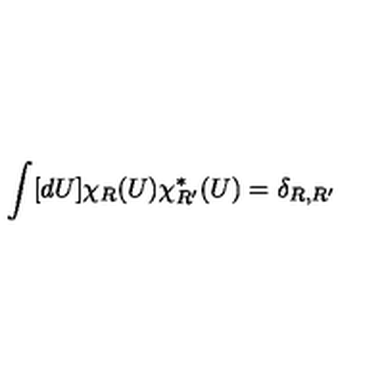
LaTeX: \int [ d U ] \chi _ { R } ( U ) \chi _ { R ^ { \prime } } ^ { * } ( U ) = \delta _ { R , R ^ { \prime } }